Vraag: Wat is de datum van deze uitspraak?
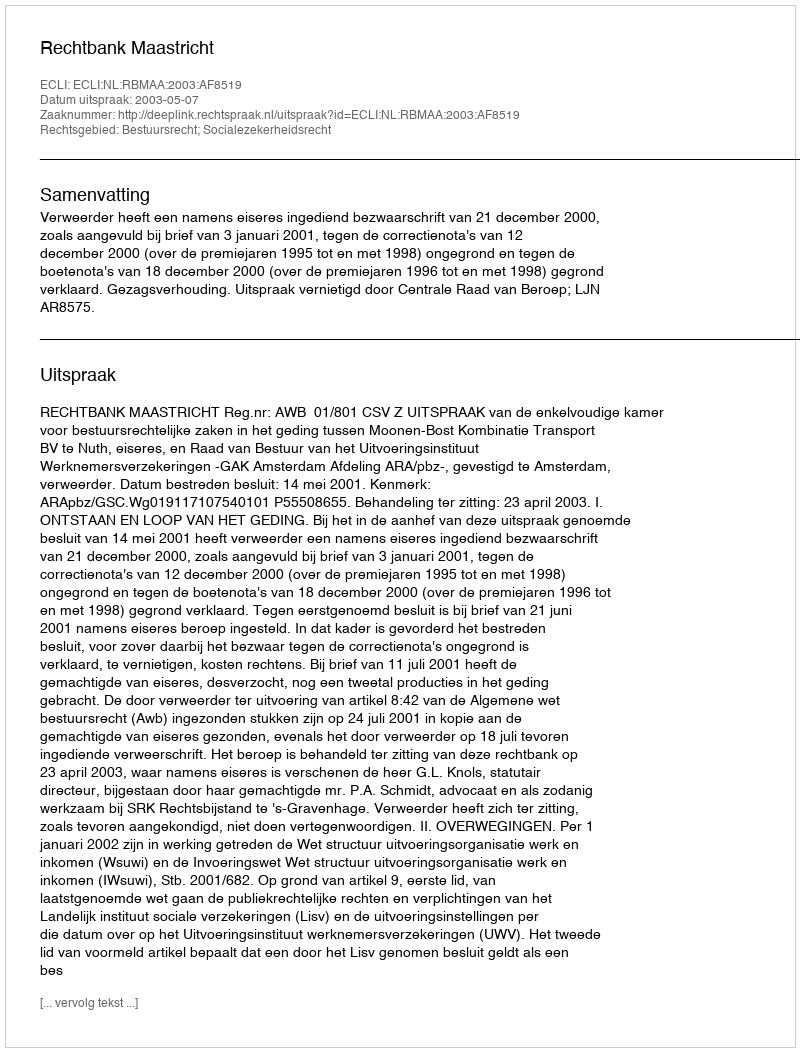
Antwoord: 2003-05-07